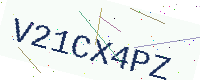
Text: V21CX4PZ